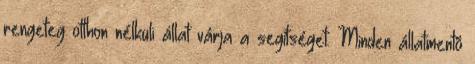
rengeteg otthon nélküli állat várja a segítséget. Minden állatmentõ